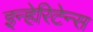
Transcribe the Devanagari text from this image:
इन्हेरिटेन्स